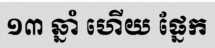
១៣ ឆ្នាំ ហើយ ផ្នែក